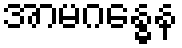
အာမဂန္ဓေန